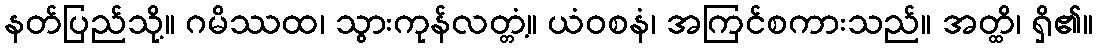
နတ်ပြည်သို့။ ဂမိဿထ၊ သွားကုန်လတ္တံ့။ ယံဝစနံ၊ အကြင်စကားသည်။ အတ္ထိ၊ ရှိ၏။